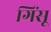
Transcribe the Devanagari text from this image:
गिंसू